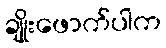
ချိုးဖောက်ပါက